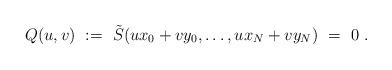
LaTeX: \begin{align*}Q(u,v)\ :=\ \tilde{S}(ux_0+vy_0, \ldots , ux_N +vy_N)\ =\ 0\ .\end{align*}